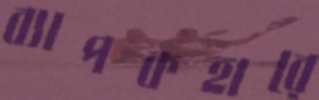
ব্যাপকহারে